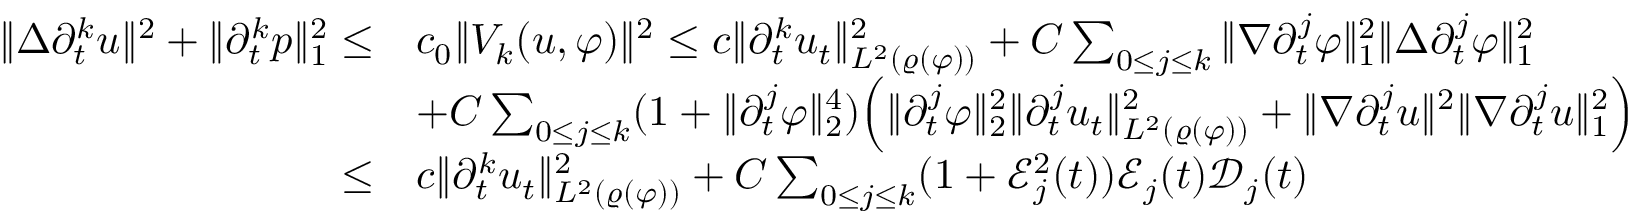
\begin{array} { r l } { \| \Delta \partial _ { t } ^ { k } u \| ^ { 2 } + \| \partial _ { t } ^ { k } p \| _ { 1 } ^ { 2 } \leq } & { c _ { 0 } \| V _ { k } ( u , \varphi ) \| ^ { 2 } \leq c \| \partial _ { t } ^ { k } u _ { t } \| _ { L ^ { 2 } ( \varrho ( \varphi ) ) } ^ { 2 } + C \sum _ { 0 \leq j \leq k } \| \nabla \partial _ { t } ^ { j } \varphi \| _ { 1 } ^ { 2 } \| \Delta \partial _ { t } ^ { j } \varphi \| _ { 1 } ^ { 2 } } \\ & { + C \sum _ { 0 \leq j \leq k } ( 1 + \| \partial _ { t } ^ { j } \varphi \| _ { 2 } ^ { 4 } ) \Big ( \| \partial _ { t } ^ { j } \varphi \| _ { 2 } ^ { 2 } \| \partial _ { t } ^ { j } u _ { t } \| _ { L ^ { 2 } ( \varrho ( \varphi ) ) } ^ { 2 } + \| \nabla \partial _ { t } ^ { j } u \| ^ { 2 } \| \nabla \partial _ { t } ^ { j } u \| _ { 1 } ^ { 2 } \Big ) } \\ { \leq } & { c \| \partial _ { t } ^ { k } u _ { t } \| _ { L ^ { 2 } ( \varrho ( \varphi ) ) } ^ { 2 } + C \sum _ { 0 \leq j \leq k } ( 1 + \mathcal { E } _ { j } ^ { 2 } ( t ) ) \mathcal { E } _ { j } ( t ) \mathcal { D } _ { j } ( t ) } \end{array}